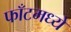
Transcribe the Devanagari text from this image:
फाँटमध्ये